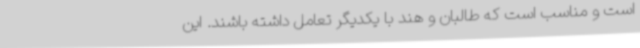
است و مناسب است که طالبان و هند با یکدیگر تعامل داشته باشند. این